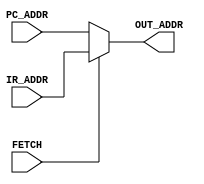
module ADDR(FETCH,IR_ADDR,PC_ADDR,OUT_ADDR);
//ROMRAM
input FETCH;
input[12:0] IR_ADDR;
input[12:0] PC_ADDR;
output[12:0] OUT_ADDR;

assign OUT_ADDR=FETCH?IR_ADDR:PC_ADDR;
endmodule